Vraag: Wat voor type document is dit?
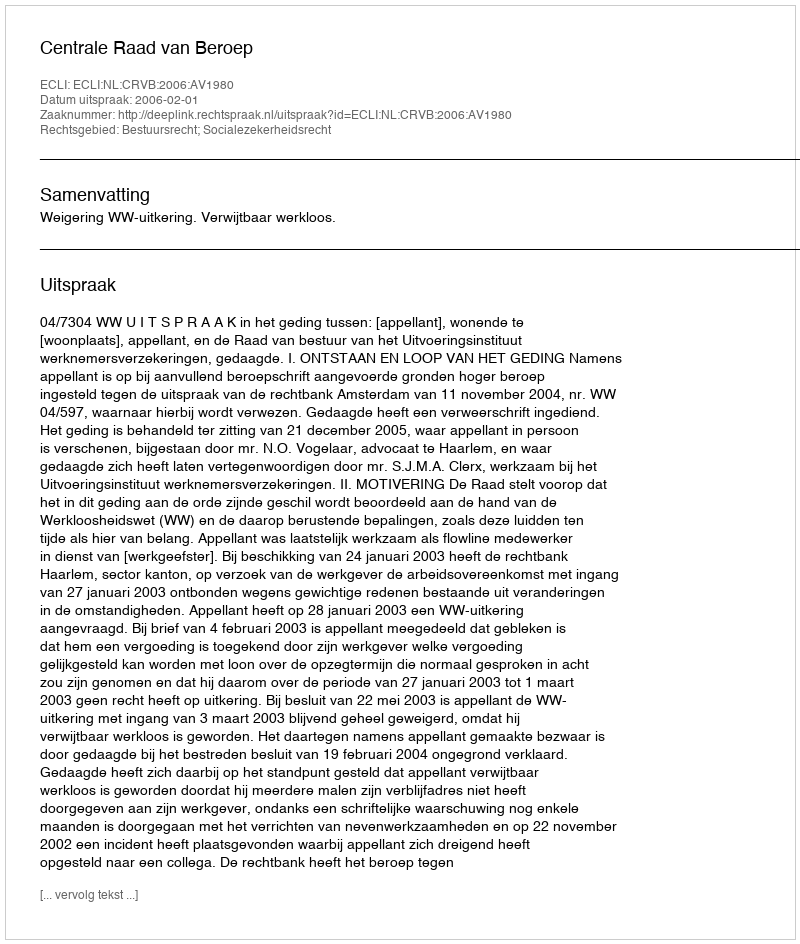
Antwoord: Uitspraak